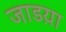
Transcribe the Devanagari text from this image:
जाडय़ा